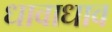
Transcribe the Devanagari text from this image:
धावाधाव